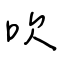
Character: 吹